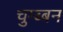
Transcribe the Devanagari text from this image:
चुम्ब्बन